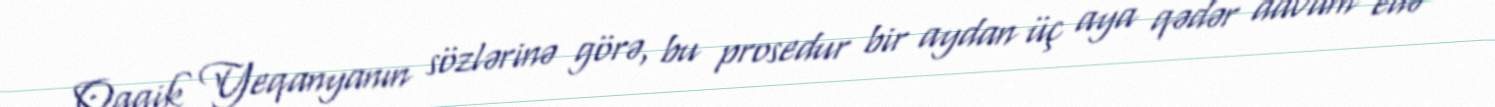
Qaqik Yeqanyanın sözlərinə görə, bu prosedur bir aydan üç aya qədər davam edə